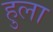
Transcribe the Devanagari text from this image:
हुला